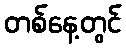
တစ်နေ့တွင်